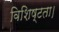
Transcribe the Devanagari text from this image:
विशिष्टता।